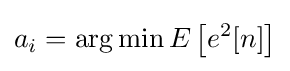
a_{i}=\arg \min E\left[e^{2}[n]\right]